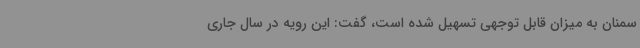
سمنان به میزان قابل توجهی تسهیل شده است، گفت: این رویه در سال جاری